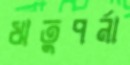
ঋতুপর্না